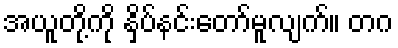
အယူတို့ကို နှိပ်နင်းတော်မူလျက်။ တဂ